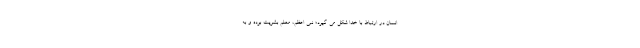
انسان در ارتباط با خدا شکل می گیرد؛ نبی اعظم، معلم بشریت بوده و به